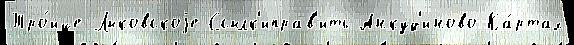
Тро́ице-Лыковскоjе Ссылк'иправ'ить Анкуд'иново Ка́ртах